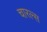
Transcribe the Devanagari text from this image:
चारल्स